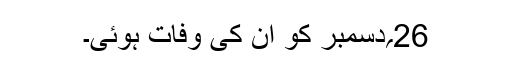
26؍دسمبر کو ان کی وفات ہوئی۔